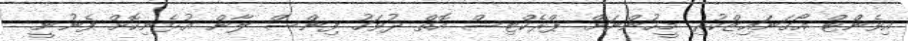
އިވެންޓް އޯގަނައިޒްކުރި މީހުންނަށް ޕްރެކްޓިސް އޮތް ދުވަހު ފިންސް ލާން އުޅެނިކޮށް ފެނުނީ.